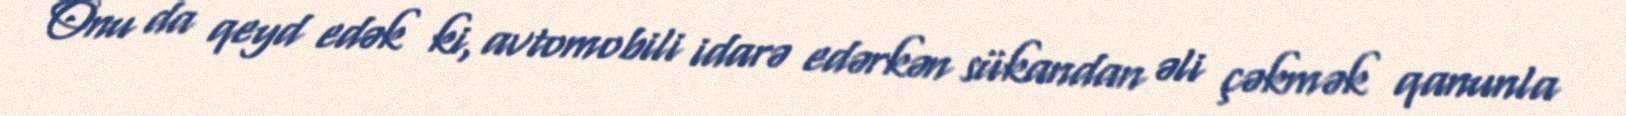
Onu da qeyd edək ki, avtomobili idarə edərkən sükandan əli çəkmək qanunla